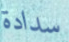
سدادة